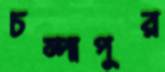
চম্পাপুর